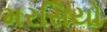
મરસિયો